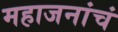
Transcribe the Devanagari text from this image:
महाजनांचं